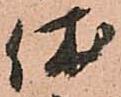
休